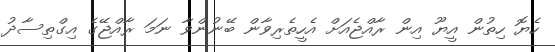
ހެޔޮ ހިތުން އީޔޫ އިން ރާއްޖެއަށް އެހީތެރިވާން ބޭނުންވާ ނަމަ ރާއްޖޭގެ އިގްތިސާދު